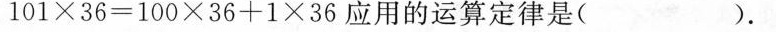
$$101×36=100×36+1×36$$应用的运算定律是（）.